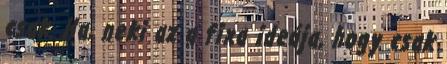
csak. Ha, neki az a fixa ideája, hogy csak